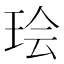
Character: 㻅